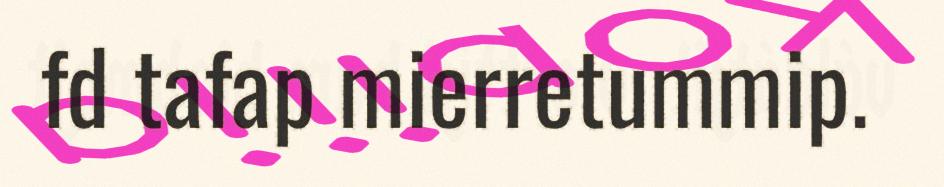
fd tafap mierretummip.